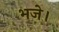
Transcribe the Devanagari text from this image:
भजे।